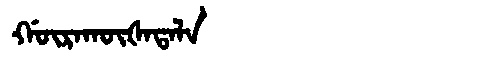
Manchu: ᡤᡡᡵᠠᡴᡡᡧᠠᡨᠠᠯᠠ
Romanization: GŪRAKŪŠATALA